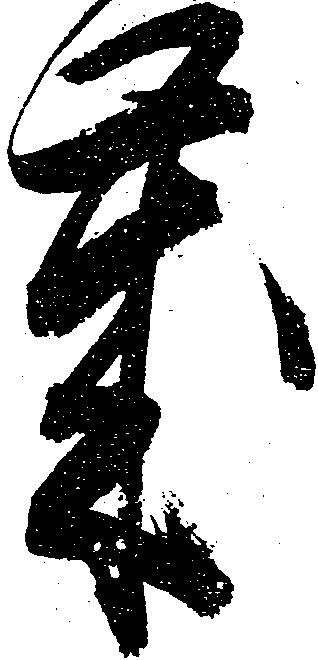
歳